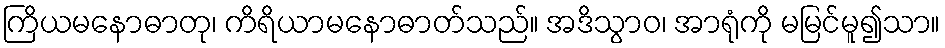
ကြိယမနောဓာတု၊ ကိရိယာမနောဓာတ်သည်။ အဒိသွာဝ၊ အာရုံကို မမြင်မူ၍သာ။